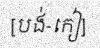
[បង់-កៀ]